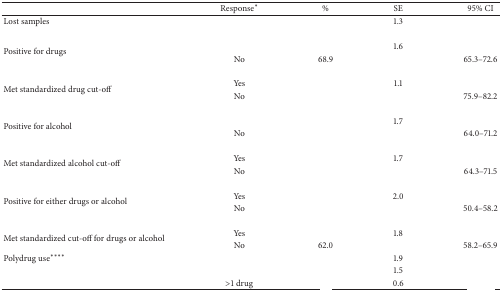
<table><thead><tr><td>[EMPTY_CELL]</td><td><b>Response*</b></td><td><b>%</b></td><td><b>SE</b></td><td><b>95% CI</b></td></tr></thead><tbody><tr><td>Lost samples</td><td>[EMPTY_CELL]</td><td>[EMPTY_CELL]</td><td>1.3</td><td>[EMPTY_CELL]</td></tr><tr><td>[EMPTY_CELL]</td><td>[EMPTY_CELL]</td><td>[EMPTY_CELL]</td><td>[EMPTY_CELL]</td><td>[EMPTY_CELL]</td></tr><tr><td rowspan="2">Positive for drugs</td><td>[EMPTY_CELL]</td><td>[EMPTY_CELL]</td><td>1.6</td><td>[EMPTY_CELL]</td></tr><tr><td>No</td><td>68.9</td><td>[EMPTY_CELL]</td><td>65.3–72.6</td></tr><tr><td>[EMPTY_CELL]</td><td>[EMPTY_CELL]</td><td>[EMPTY_CELL]</td><td>[EMPTY_CELL]</td><td>[EMPTY_CELL]</td></tr><tr><td rowspan="2">Met standardized drug cut-off</td><td>Yes</td><td>[EMPTY_CELL]</td><td>1.1</td><td>[EMPTY_CELL]</td></tr><tr><td>No</td><td>[EMPTY_CELL]</td><td>[EMPTY_CELL]</td><td>75.9–82.2</td></tr><tr><td>[EMPTY_CELL]</td><td>[EMPTY_CELL]</td><td>[EMPTY_CELL]</td><td>[EMPTY_CELL]</td><td>[EMPTY_CELL]</td></tr><tr><td rowspan="2">Positive for alcohol</td><td>[EMPTY_CELL]</td><td>[EMPTY_CELL]</td><td>1.7</td><td>[EMPTY_CELL]</td></tr><tr><td>No</td><td>[EMPTY_CELL]</td><td>[EMPTY_CELL]</td><td>64.0–71.2</td></tr><tr><td>[EMPTY_CELL]</td><td>[EMPTY_CELL]</td><td>[EMPTY_CELL]</td><td>[EMPTY_CELL]</td><td>[EMPTY_CELL]</td></tr><tr><td rowspan="2">Met standardized alcohol cut-off</td><td>Yes</td><td>[EMPTY_CELL]</td><td>1.7</td><td>[EMPTY_CELL]</td></tr><tr><td>No</td><td>[EMPTY_CELL]</td><td>[EMPTY_CELL]</td><td>64.3–71.5</td></tr><tr><td>[EMPTY_CELL]</td><td>[EMPTY_CELL]</td><td>[EMPTY_CELL]</td><td>[EMPTY_CELL]</td><td>[EMPTY_CELL]</td></tr><tr><td rowspan="2">Positive for either drugs or alcohol</td><td>Yes</td><td>[EMPTY_CELL]</td><td>2.0</td><td>[EMPTY_CELL]</td></tr><tr><td>No</td><td>[EMPTY_CELL]</td><td>[EMPTY_CELL]</td><td>50.4–58.2</td></tr><tr><td>[EMPTY_CELL]</td><td>[EMPTY_CELL]</td><td>[EMPTY_CELL]</td><td>[EMPTY_CELL]</td><td>[EMPTY_CELL]</td></tr><tr><td rowspan="2">Met standardized cut-off for drugs or alcohol</td><td>Yes</td><td>[EMPTY_CELL]</td><td>1.8</td><td>[EMPTY_CELL]</td></tr><tr><td>No</td><td>62.0</td><td>[EMPTY_CELL]</td><td>58.2–65.9</td></tr><tr><td>Polydrug use****</td><td>[EMPTY_CELL]</td><td>[EMPTY_CELL]</td><td>1.9</td><td>[EMPTY_CELL]</td></tr><tr><td>[EMPTY_CELL]</td><td>[EMPTY_CELL]</td><td>[EMPTY_CELL]</td><td>1.5</td><td>[EMPTY_CELL]</td></tr><tr><td>[EMPTY_CELL]</td><td>&gt;1 drug</td><td>[EMPTY_CELL]</td><td>0.6</td><td>[EMPTY_CELL]</td></tr></tbody></table>